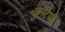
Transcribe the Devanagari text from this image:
कुंटियों